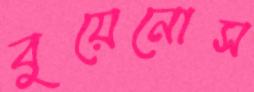
বুয়েনোস